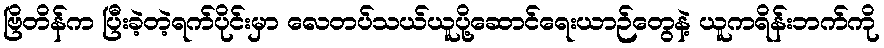
ဗြိတိန်က ပြီးခဲ့တဲ့ရက်ပိုင်းမှာ လေတပ်သယ်ယူပို့ဆောင်ရေးယာဉ်တွေနဲ့ ယူကရိန်းဘက်ကို